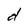
Character: d